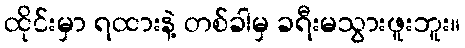
ထိုင်းမှာ ရထားနဲ့ တစ်ခါမှ ခရီးမသွားဖူးဘူး။